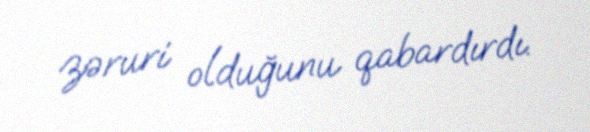
zəruri olduğunu qabardırdı.